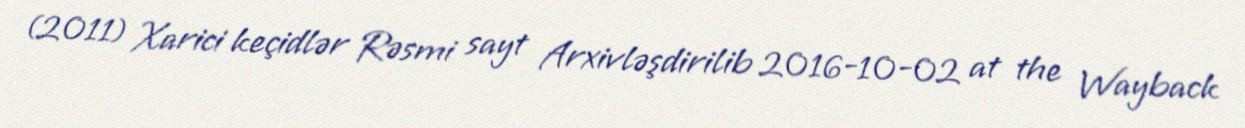
(2011) Xarici keçidlər Rəsmi sayt Arxivləşdirilib 2016-10-02 at the Wayback